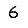
Digit: 6